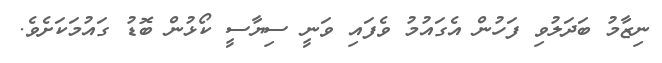
ނިޒާމު ބަދަލުވި ފަހުން އެގައުމު ވެފައި ވަނީ ސިޔާސީ ކޯޅުން ބޮޑު ގައުމަކަށެވެ.